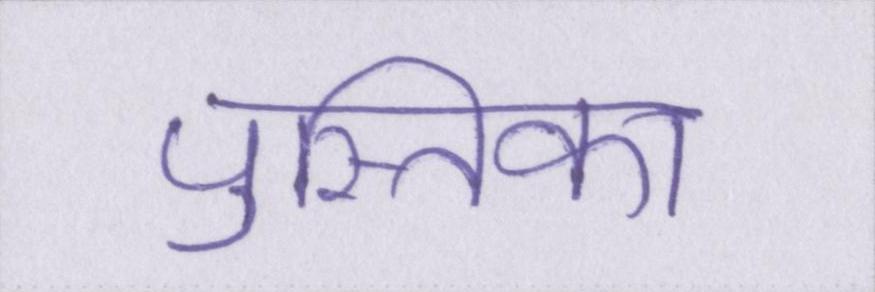
पुस्तिका